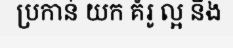
ប្រកាន់ យក គំរូ ល្អ និង